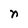
Character: n